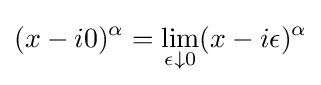
(x-i0)^{\alpha }=\lim _{\epsilon \downarrow 0}(x-i\epsilon )^{\alpha }